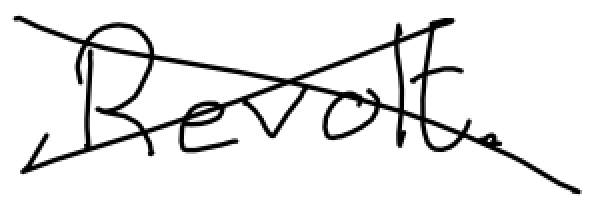
Text: Revolt.
Cross-out: cross
Writing tool: digital_black